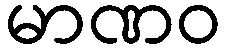
မာဏဝ